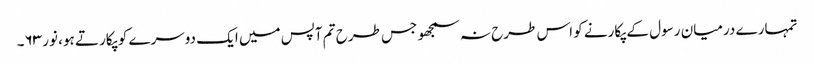
تمہارے درمیان رسول کے پکارنے کو اس طرح نہ سمجھو جس طرح تم آپس میں ایک دوسرے کو پکارتے ہو، نور ۶۳۔